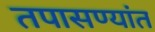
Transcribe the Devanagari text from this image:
तपासण्यांत